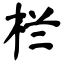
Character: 栏